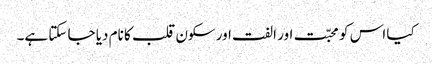
کیا اس کو محبّت اور الفت اور سکون قلب کا نام دیا جا سکتا ہے۔